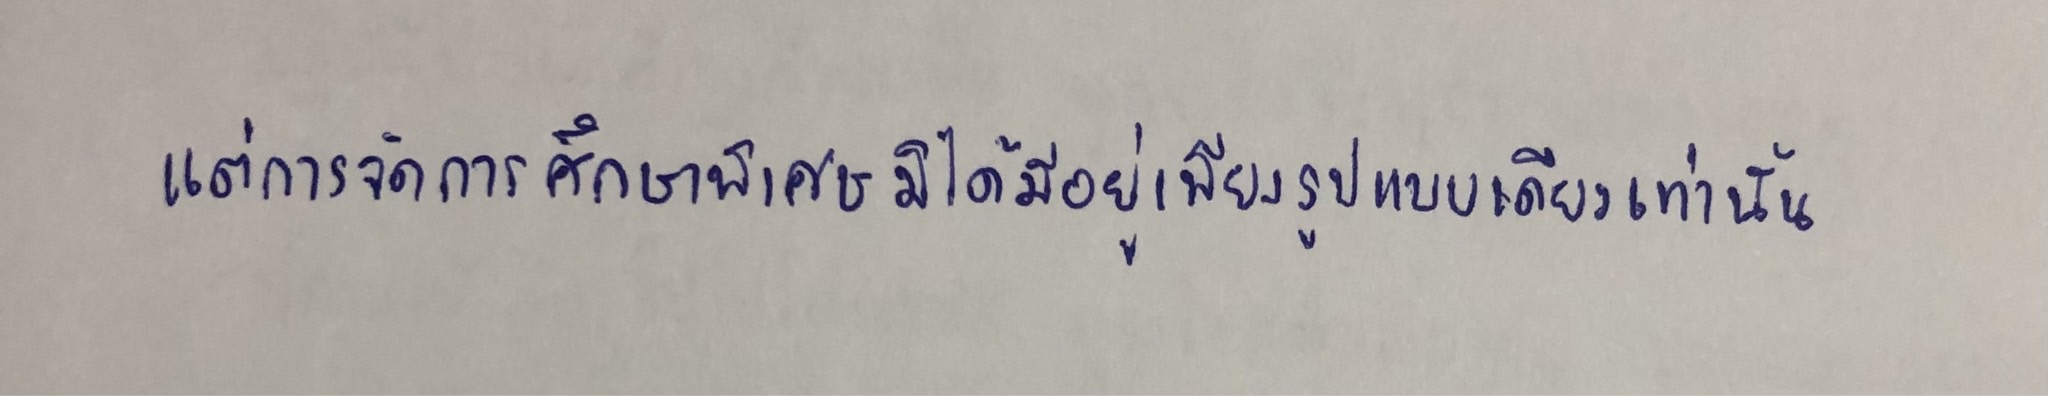
แต่การจัดการศึกษาพิเศษมิได้มีอยู่เพียงรูปแบบเดียวเท่านั้น